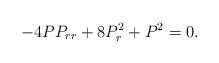
LaTeX: \begin{align*}-4PP_{rr}+8P^2_r+P^2=0.\end{align*}